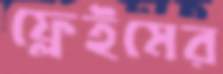
ফ্লেইমের